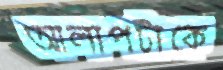
আলাপটাকে